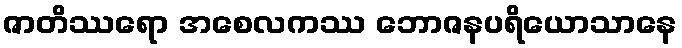
ဇာတိဿရော အစေလကဿ ဘောဇနပရိယောသာနေ